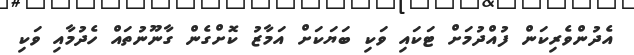
އެދުންވެރިކަން ފުއްދުމަށް ޓަކައި ވަކި ބަޔަކަށް އަމާޒު ކޮށްގެން ގާނޫނުތައް ހެދުމާއި ވަކި